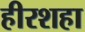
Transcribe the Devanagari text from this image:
हीरशहा